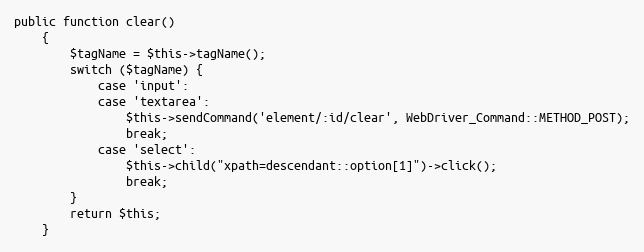
Language: PHP
public function clear()
    {
        $tagName = $this->tagName();
        switch ($tagName) {
            case 'input':
            case 'textarea':
                $this->sendCommand('element/:id/clear', WebDriver_Command::METHOD_POST);
                break;
            case 'select':
                $this->child("xpath=descendant::option[1]")->click();
                break;
        }
        return $this;
    }